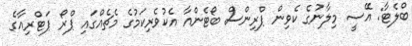
ބްލެޓާ: އޭސީ މިލާނުގެ ކެވިން ޕްރިންސް ބޯޓެންއާ އެކުވެރިކަމުގެ މެޗެއްގައި ޕްރޯ ޕަޓްރިއާގެ